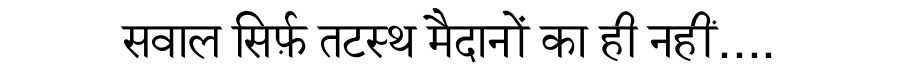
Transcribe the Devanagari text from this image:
सवाल सिर्फ़ तटस्थ मैदानों का ही नहीं....